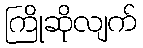
ကြိုဆိုလျက်